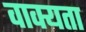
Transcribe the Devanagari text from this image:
वाक्यता